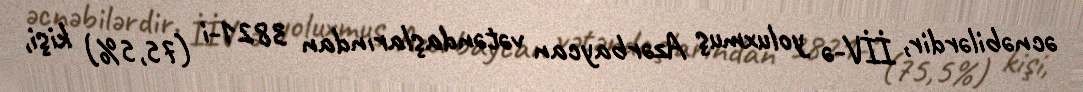
əcnəbilərdir, İİV-ə yoluxmuş Azərbaycan vətəndaşlarından 3821-i (75,5%) kişi,